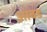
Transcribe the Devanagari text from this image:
आंबड